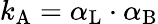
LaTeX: k_{\mathrm{{A}}}=\alpha_{\mathrm{{L}}}\cdot\alpha_{\mathrm{{B}}}